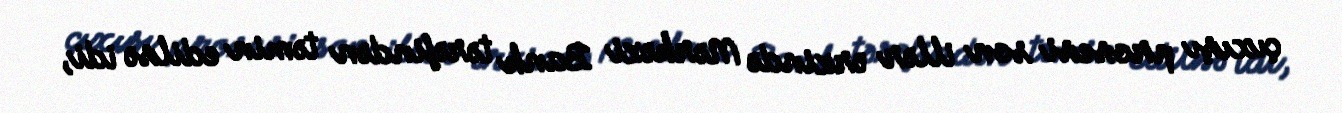
çıxışı prosesi son illər ərzində Mərkəzi Bank tərəfindən təmin edilsə idi,